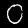
Label: 0